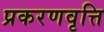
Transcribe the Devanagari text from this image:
प्रकरणवृत्ति